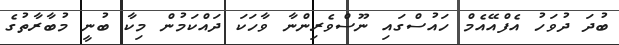
ބުދަ ދުވަހު އެފްއޭއެމް ހައުސްގައި ނޫސްވެރިންނާ ވާހަކަ ދައްކަމުން މިކާ ބުނީ މުބާރާތުގެ